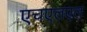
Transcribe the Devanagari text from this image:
एचएलएल